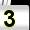
Digit: 3